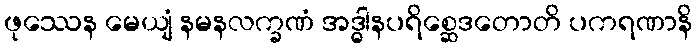
ဖုဿေန မေယျံ နမနလက္ခဏံ အဒ္ဓါနပရိစ္ဆေဒတောတိ ပကရဏာနိ